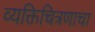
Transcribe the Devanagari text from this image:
व्यक्तिचित्रणाचा